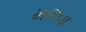
મલવા